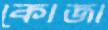
কোজা